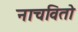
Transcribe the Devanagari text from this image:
नाचवितो